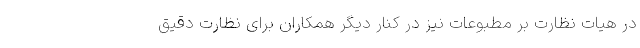
در هیات نظارت بر مطبوعات نیز در کنار دیگر همکاران برای نظارت دقیق